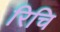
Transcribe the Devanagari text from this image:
रिचि